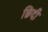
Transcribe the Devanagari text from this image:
छिदी